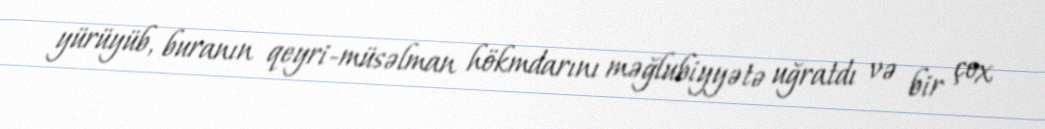
yürüyüb, buranın qeyri-müsəlman hökmdarını məğlubiyyətə uğratdı və bir çox